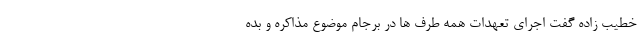
خطیب زاده گفت اجرای تعهدات همه طرف ها در برجام موضوع مذاکره و بده